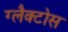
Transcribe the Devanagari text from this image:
ग्लैक्टोस